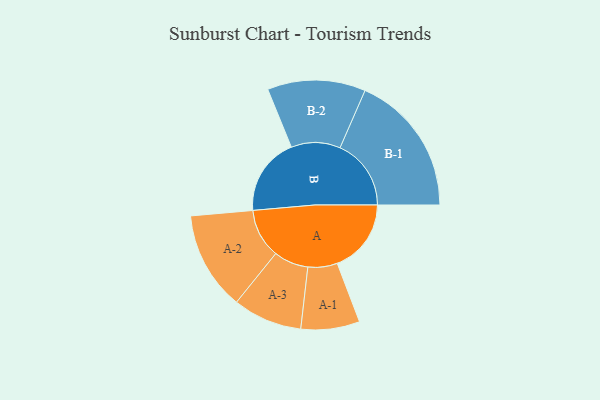
{"axis": {"x": "Segment", "y": "Value"}, "legend": ["", "A", "B"], "data": [{"x": "A", "y": 282, "type": ""}, {"x": "B", "y": 297, "type": ""}, {"x": "A-1", "y": 112, "type": "A"}, {"x": "A-2", "y": 188, "type": "A"}, {"x": "A-3", "y": 132, "type": "A"}, {"x": "B-1", "y": 271, "type": "B"}, {"x": "B-2", "y": 187, "type": "B"}]}